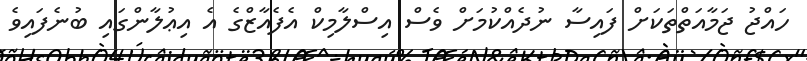
ހައްޖު ޖަމާއަތްތަކަށް ފައިސާ ނުދެއްކުމަށް ވެސް އިސްލާމިކް އެފެއާޒްގެ އެ އިޢުލާންގައި ބުނެފައިވެ